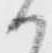
か